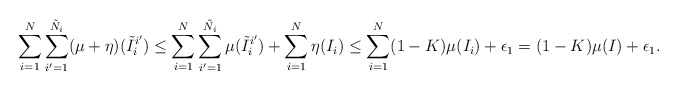
\begin{align*} \sum_{i=1}^N \sum_{i' = 1}^{\tilde N_i} (\mu + \eta)(\tilde I_i^{i'}) \leq \sum_{i=1}^N \sum_{i' = 1}^{\tilde N_i} \mu(\tilde I_i^{i'}) + \sum_{i=1}^N \eta(I_i) \leq \sum_{i=1}^N (1-K)\mu(I_i) + \epsilon_1 = (1-K)\mu(I) + \epsilon_1.\end{align*}